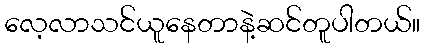
လေ့လာသင်ယူနေတာနဲ့ဆင်တူပါတယ်။